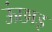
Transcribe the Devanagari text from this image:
ऊंछाइ